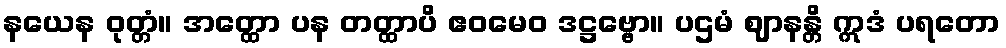
နယေန ဝုတ္တံ။ အတ္ထော ပန တတ္ထာပိ ဧဝမေဝ ဒဋ္ဌဗ္ဗော။ ပဌမံ ဈာနန္တိ ဣဒံ ပရတော